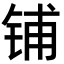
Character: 铺